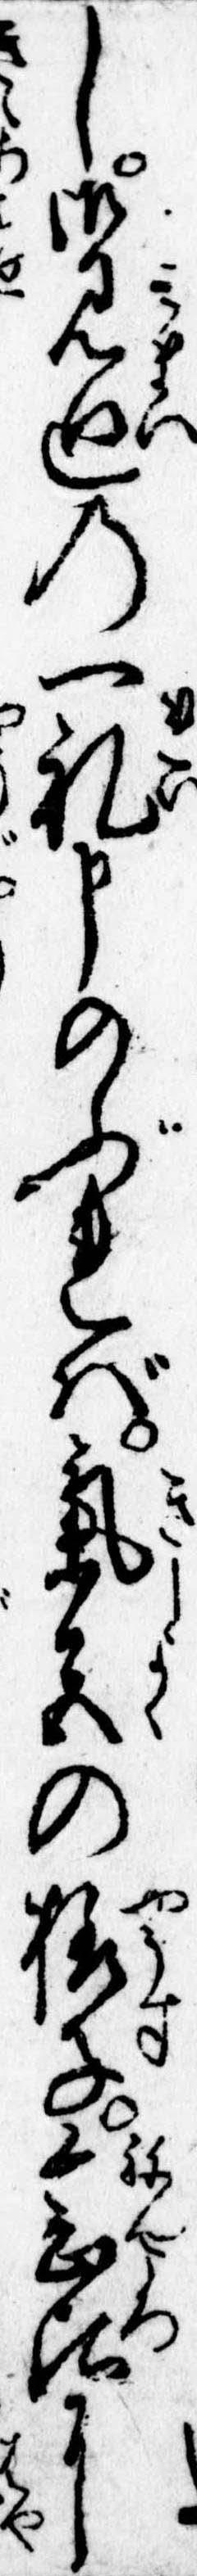
し御見廻の一礼申のぶれば気色の様子念比に